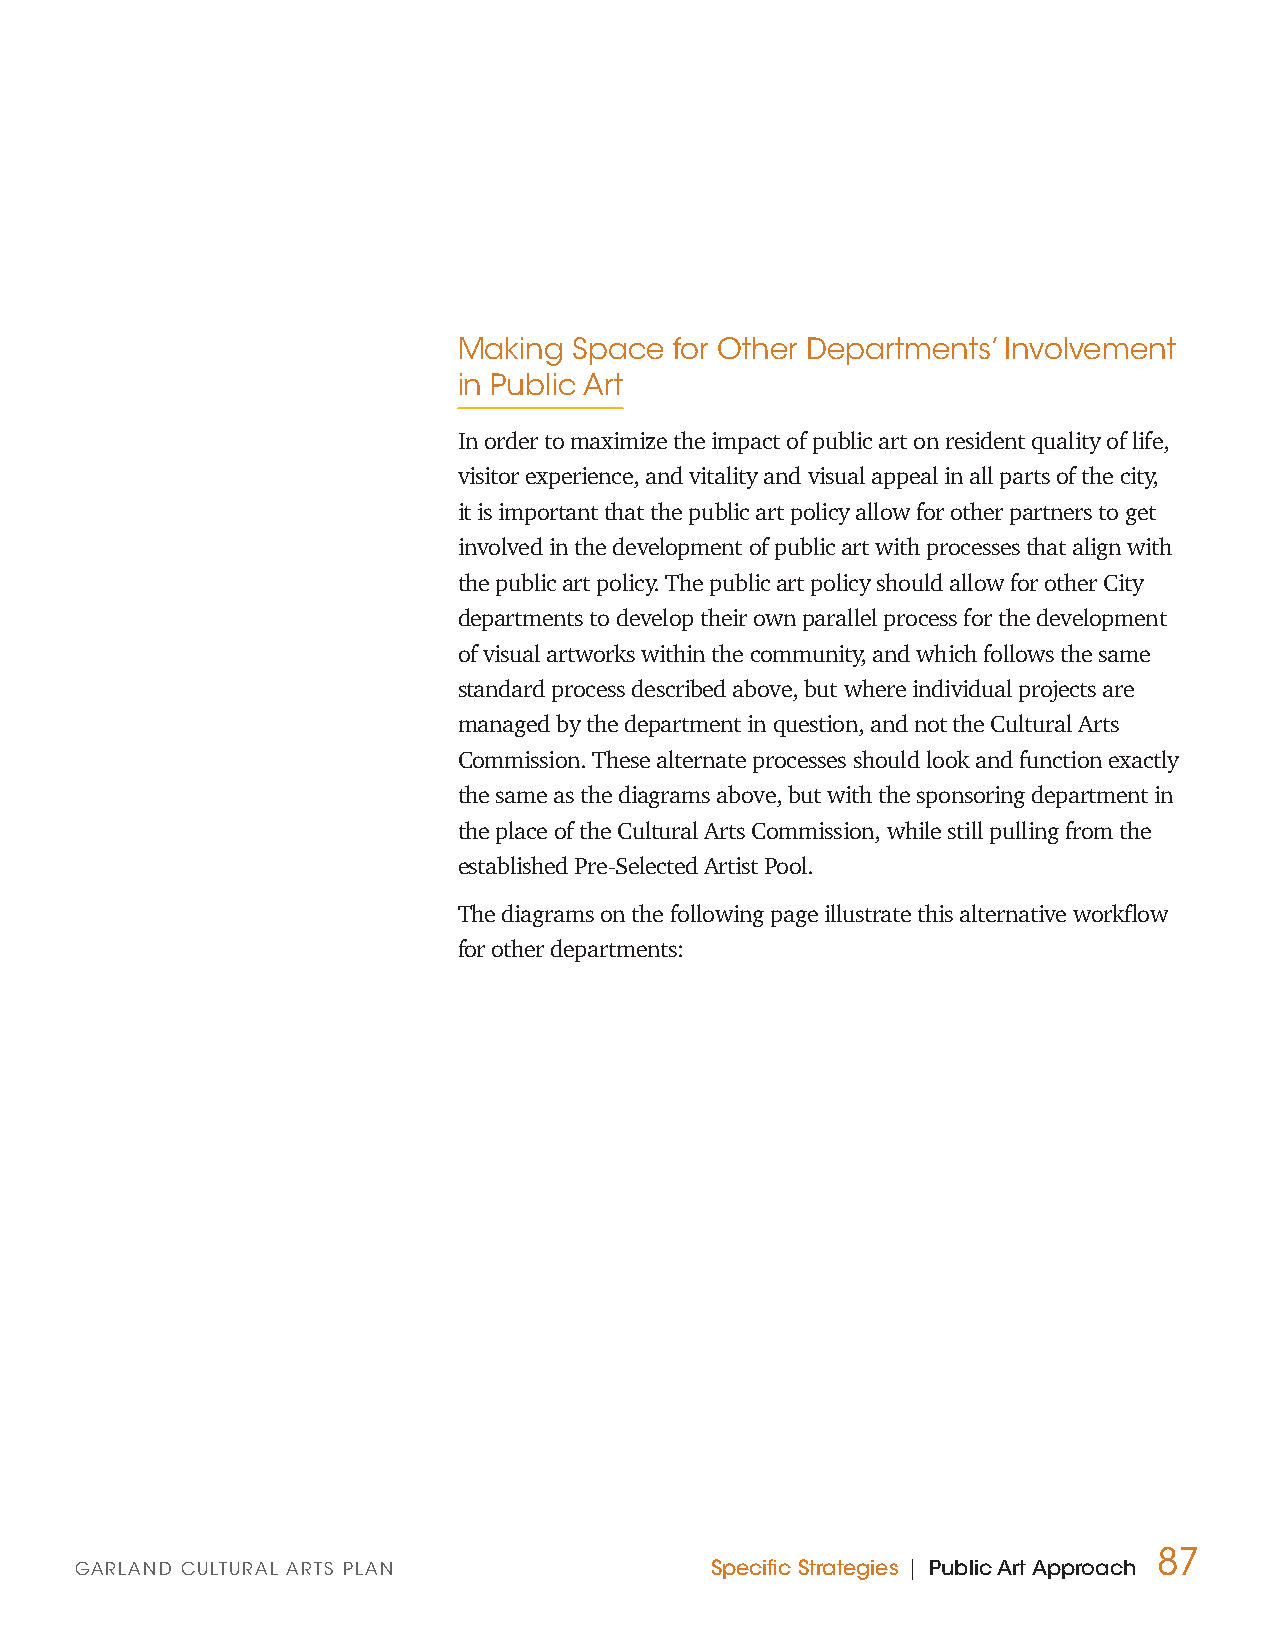
Making  Space  for Other Departments’ Involvement
 in Public Art
 In order to maximize the impact of public art on resident quality of life,
 visitor experience, and vitality and visual appeal in all parts of the city,
 it is important that the public art policy allow for other partners to get
 involved in the development of public art with processes that align with
 the public art policy. The public art policy should allow for other City
 departments to develop their own parallel process for the development
 of visual artworks within the community, and which follows the same
 standard process described above, but where individual projects are
 managed by the department in question, and not the Cultural Arts
 Commission. These alternate processes should look and function exactly
 the same as the diagrams above, but with the sponsoring department in
 the place of the Cultural Arts Commission, while still pulling from the
 established Pre-Selected Artist Pool.
 The diagrams on the following page illustrate this alternative workflow
 for other departments:
 87
 GARLAND CULTURAL ARTS PLAN                Specific Strategies | Public Art Approach